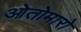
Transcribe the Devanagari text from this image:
ओतोमारो